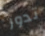
تدور